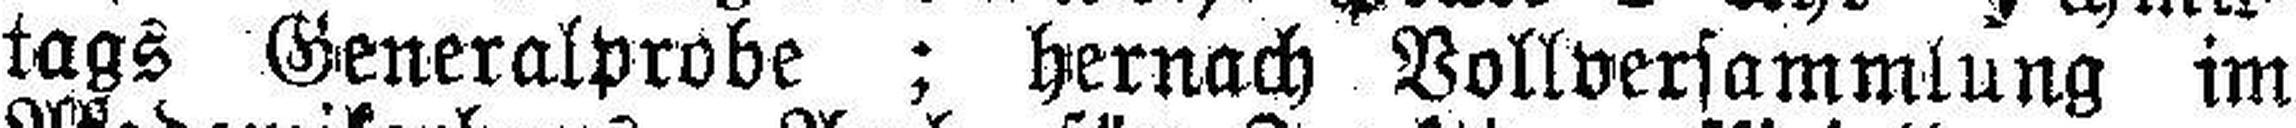
tags Generalprobe ; hernach Vollversammlung im